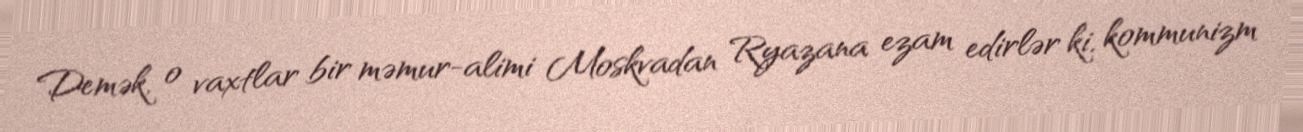
Demək, o vaxtlar bir məmur-alimi Moskvadan Ryazana ezam edirlər ki, kommunizm